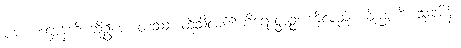
ပန၊ ပဒဋ္ဌာန်ကို ဆိုဦးအံ့။ တဿ၊ ထိုသီလ၏ဟိရောတ္တဉ္စ၊ ကိုလည်း။ ဝိညူဟိ၊ သုခမိန်